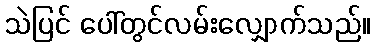
သဲပြင် ပေါ်တွင်လမ်းလျှောက်သည်။